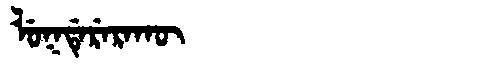
Manchu: ᠯᡠᡴᡩᡝᡵᡝᡵᠠᡴᡡ
Romanization: LUKDERERAKŪ